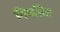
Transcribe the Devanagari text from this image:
निवडित